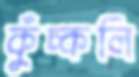
কুঁচ্‌কলি